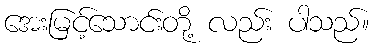
အေးမြင့်သောင်းတို့ လည်း ပါသည်။